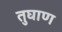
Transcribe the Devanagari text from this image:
तुघाण